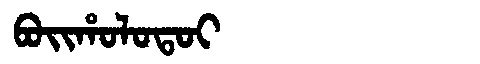
Manchu: ᠪᠣᡳᡥᠣᠯᠣᡨᠣᡳ
Romanization: BOIHOLOTOI